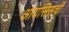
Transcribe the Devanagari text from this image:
आयसिसची